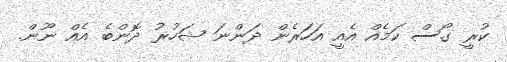
ކުރީ ގޯސް ކަމެއް އެއީ އަހަރެން ދަންނަ ޝަހުރު ދޮންބެ އެއް ނޫން.